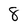
Character: 8